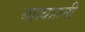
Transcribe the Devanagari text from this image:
बहबहानी